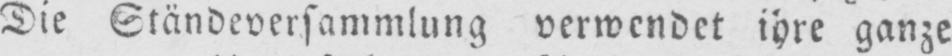
Die Ständeversammlung verwendet ihre ganze